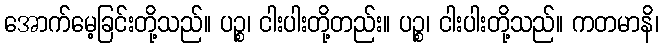
အောက်မေ့ခြင်းတို့သည်။ ပဉ္စ၊ ငါးပါးတို့တည်း။ ပဉ္စ၊ ငါးပါးတို့သည်။ ကတမာနိ၊